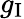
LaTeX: g_{\mathrm{I}}